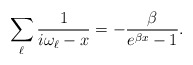
\begin{align*}\sum_{\ell}\frac{1}{i\omega_{\ell}-x} = - \frac{\beta}{e^{\beta x}-1}.\end{align*}